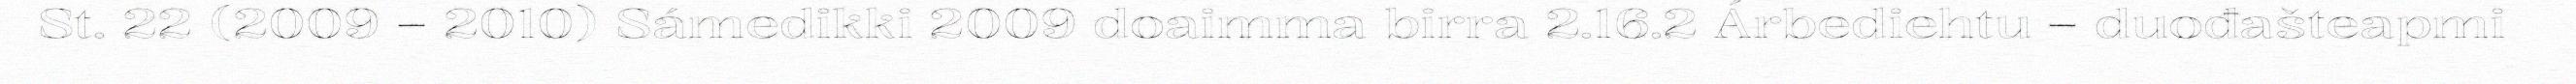
St. 22 (2009 – 2010) Sámedikki 2009 doaimma birra 2.16.2 Árbediehtu – duođašteapmi